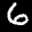
Label: 6